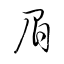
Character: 眉